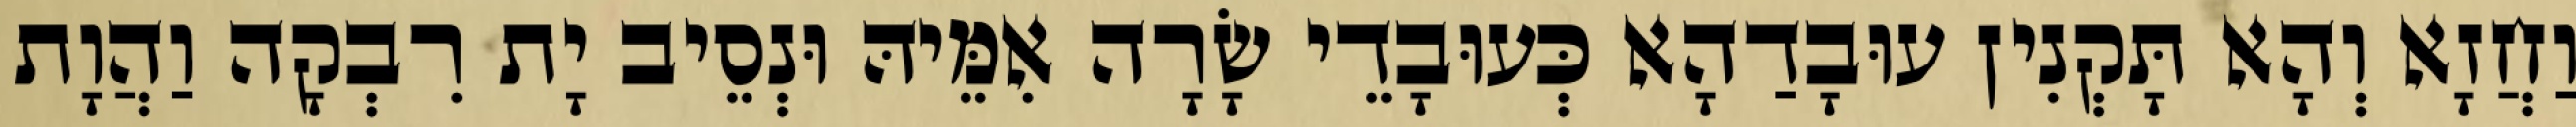
וַחֲזָא וְהָא תָּקְנִין עוּבָדַהָא כְּעוּבָדֵי שָׂרָה אִמֵּיהּ וּנְסֵיב יָת רִבְקָה וַהֲוָת